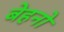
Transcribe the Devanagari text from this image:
बेहनो